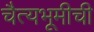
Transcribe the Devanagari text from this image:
चैत्यभूमीची